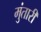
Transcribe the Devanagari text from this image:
मुंतारी